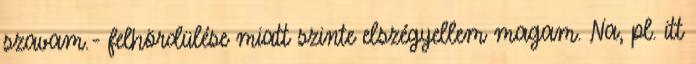
szavam.- felhördülése miatt szinte elszégyellem magam. Na, pl. itt